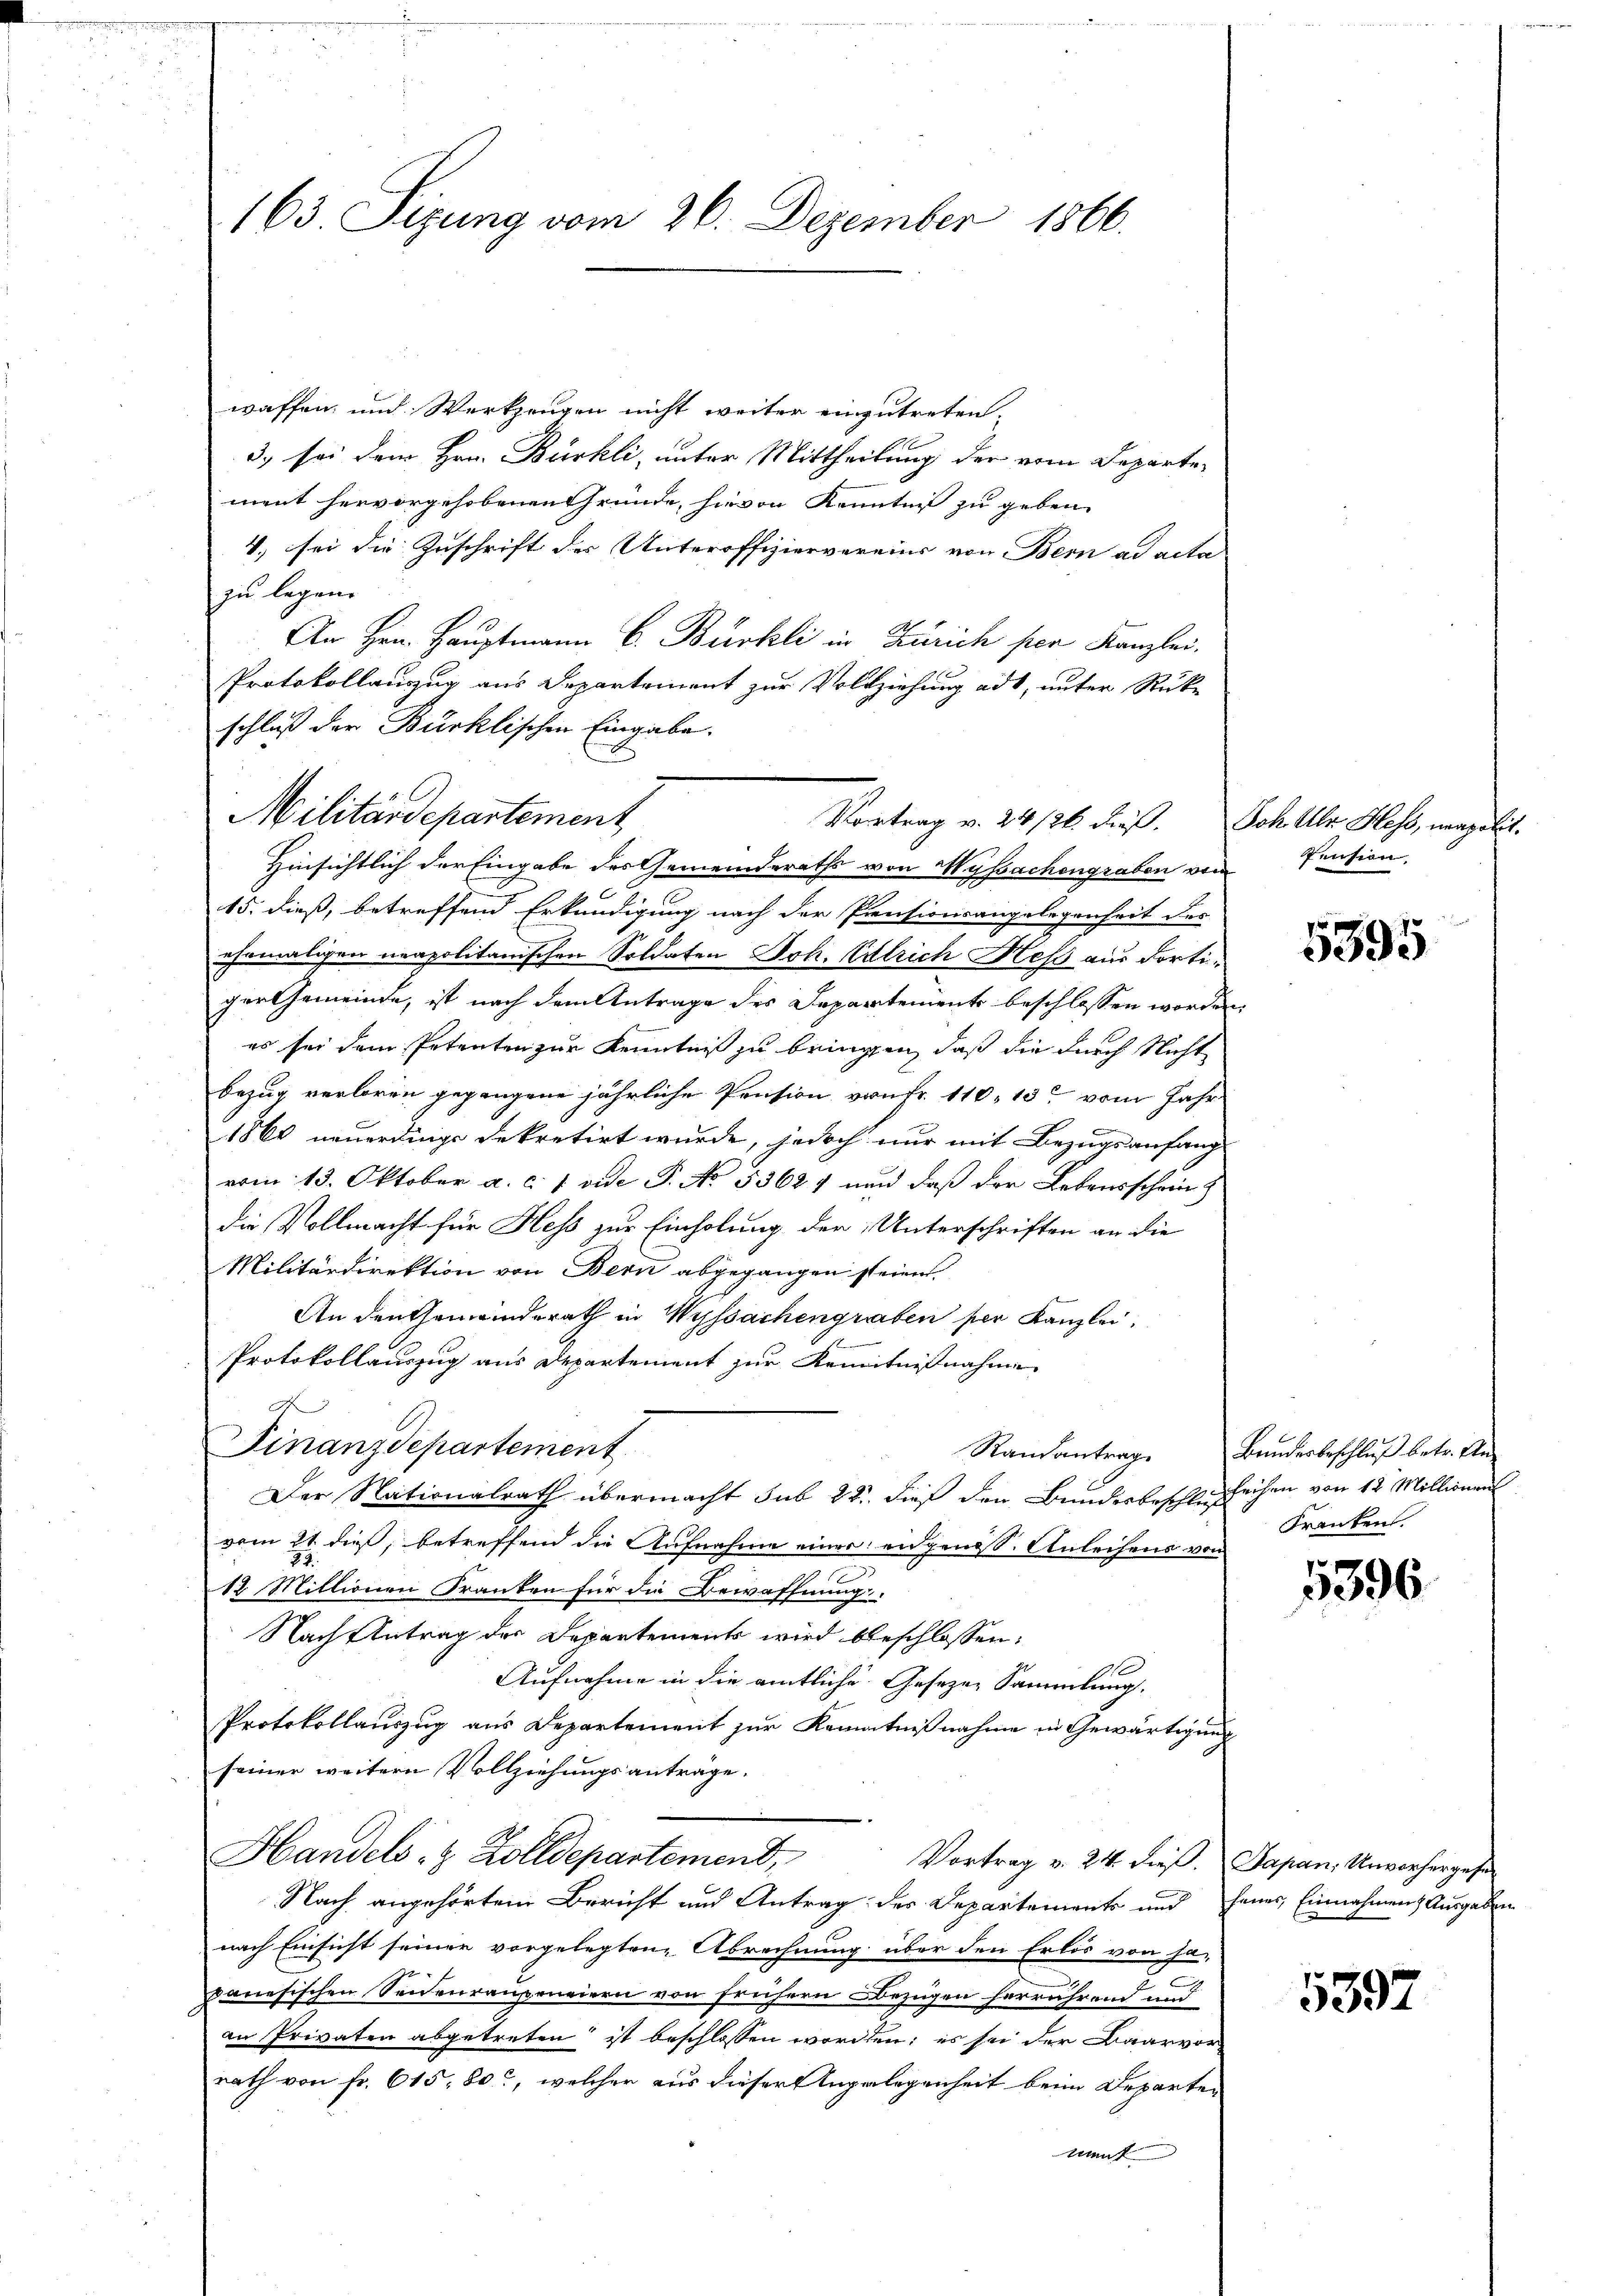
163 Sizung vom 26. Dezember 1866.

waffen, und Werkzeugen nicht weiter einzutreten,
3) sei dem Hrn. Bürkli, unter Mittheilung der vom Departe
ment hervorgehobenen Gründe, hievon Kennten zu geben
4. sei die Zuschrift der Unteroffiziervereins von Bern ad acta
zu legen. |
An Hrn. Hauptmann C. Bürkli in Zürich per Kanzlei.
Protokollanzug aus Departement zur Vollziehung adt, unter Rücke
schluß der Bürklischen Eingabe.
Hinsichtlich der Eingabe des Gemeinderaths von Wyssachengraben vom
15. dieß, betreffend Erkundigung nach der Pensionsangelegenheit des
ehemaligen neapolitanischen Soldaten Joh. Ulrich Hess aus dortiger Gemeinde, ist nach dem Antrage des Departements beschlossen worden
es sei dem Petenten zur Kenntniß zu bringen, daß die durch Nicht
bezug verloren gegangene jährliche Pension von Fr. 110, 13 vom Jahr
1860 neuerdings dekretirt wurde, jedoch nur mit Bezugsanfang
vom 13. Oktober a. c. 1 vide P. No 5362, nun daß der Lebensschein
die Vollmacht für Hess zur Einholung der Unterschriften an die
Militärdirektion von Bern abgegangen steien.
An den Gemeinderath in Wyssachengraben der Kanzlei,
Protokollauszug aus Departement zur Kenntnißnahme
Finanzdepartement
Der Nationalrath übermacht sub 22. dieß den Bundesbeschluß
vom 21. dieß, betreffend die Aufnahme einer eidgenoss. Anleihens von
12 Millionen Franken für die Bewaffnung
Nach Antrag der Departements wird beschlossen:
11
Aufnahme in die amtliche Gesezen Sammlung.
Protokollauszug aus Departement zur Kenntnißnahme in Gewärtigung
seiner weitern Vollziehungsanträge.
Handels- & Zolldepartement,
Vortrag v. 24. dieß Japan; Unvorhergehen
Nach angehörtem Bericht und Antrag des Departements und seines Einnahmen) Ausgaben
nach Einsicht seiner vorgelegten Abrechnung über den Erlös von ha-
panesischen Seidenraupeneiern von frühern Bezügen herrührend und
an Privaten abgetreten ist beschlossen worden; es sei der Baarvor
rath von fr. 615. 80, welcher aus dieser Angelegenheit beim Departen
ment

Militärdepartement

Vortrag v. 24/26. dieß. Joh. Uhr Hess, neapolit.

fension.

1
5395

Randantrage Bundesbeschluß betr. Un
leihen von 12 Millionen
Franken.

5396

5397